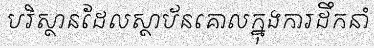
បរិស្ថានដែលស្ថាប័នគោលក្នុងការដឹកនាំ